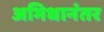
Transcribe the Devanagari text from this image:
अभिधानंतर